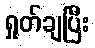
ရှုတ်ချပြီး